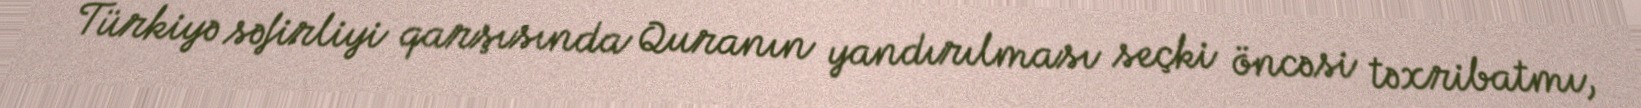
Türkiyə səfirliyi qarşısında Quranın yandırılması seçki öncəsi təxribatmı,